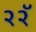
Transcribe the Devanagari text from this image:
२२ॅ